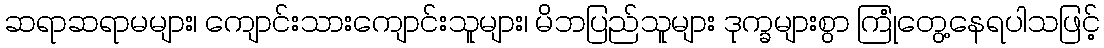
ဆရာဆရာမများ၊ ကျောင်းသားကျောင်းသူများ၊ မိဘပြည်သူများ ဒုက္ခများစွာ ကြုံတွေ့နေရပါသဖြင့်